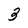
Character: 3